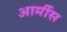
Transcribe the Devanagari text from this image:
आर्मीस